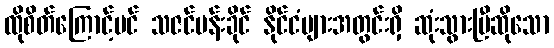
ထိုစိတ်ကြောင့်ပင် သဇင်ပန်းခိုင် နိုင်ငံများအတွင်းရှိ ဆုံးသွားပြီဆိုသော